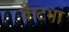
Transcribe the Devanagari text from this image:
कैटभा